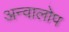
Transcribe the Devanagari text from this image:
अन्वालोप